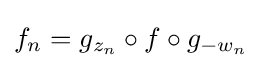
f_{n}=g_{z_{n}}\circ f\circ g_{-w_{n}}